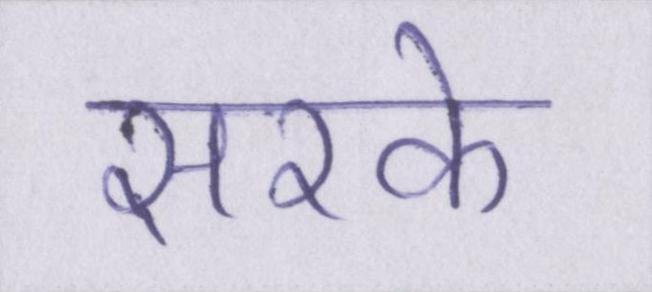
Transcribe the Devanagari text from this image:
सरके